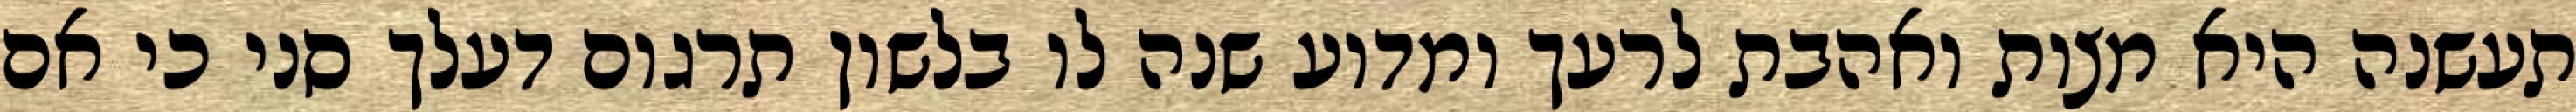
תעשנה היא מצות ואהבת לרעך ומדוע שנה לו בלשון תרגום דעלך סני כי אם